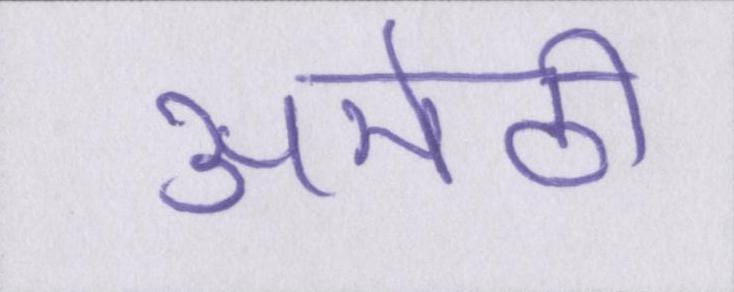
अमेठी